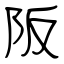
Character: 阪